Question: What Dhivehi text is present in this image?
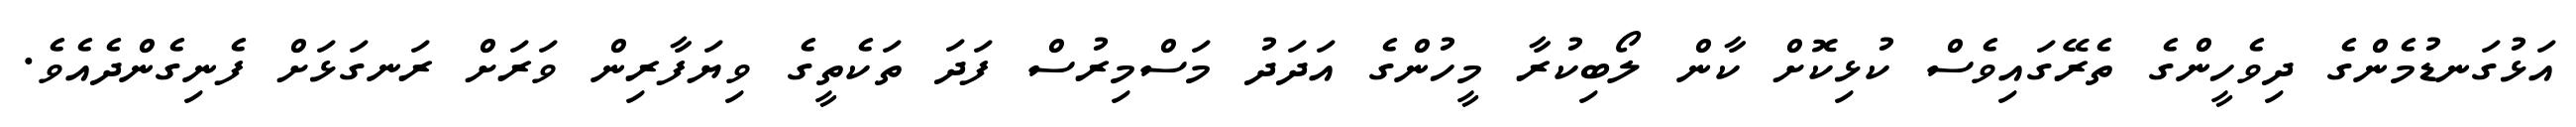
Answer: އަޅުގަނޑުމެންގެ ދިވެހީންގެ ތެރޭގައިވެސް ކުޅިކޮށް ކާން ލޯބިކުރާ މީހުންގެ އަދަދު މަސްމިރުސް ފަދަ ތަކެތީގެ ވިޔަފާރިން ވަރަށް ރަނގަޅަށް ފެނިގެންދެއެވެ.